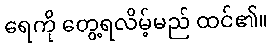
ရေကို တွေ့ရလိမ့်မည် ထင်၏။